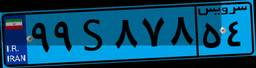
۶۴S۱۲۶۱۱